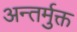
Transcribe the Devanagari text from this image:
अन्तर्मुक्त